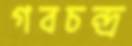
গবচন্দ্র